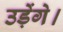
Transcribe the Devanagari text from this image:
उड़ेंगे।